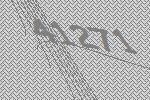
41271